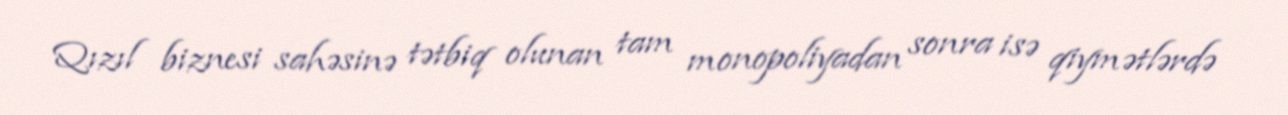
Qızıl biznesi sahəsinə tətbiq olunan tam monopoliyadan sonra isə qiymətlərdə